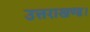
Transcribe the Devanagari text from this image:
उत्तराखण्ड।